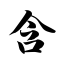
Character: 含